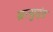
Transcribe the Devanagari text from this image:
म्रत्युदंड